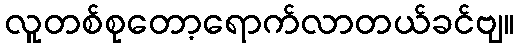
လူတစ်စုတော့ရောက်လာတယ်ခင်ဗျ။